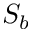
S _ { b }